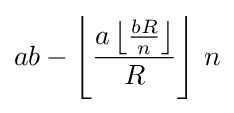
ab-\left\lfloor {\frac {a\left\lfloor {\frac {bR}{n}}\right\rfloor }{R}}\right\rfloor \,n